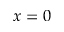
x = 0